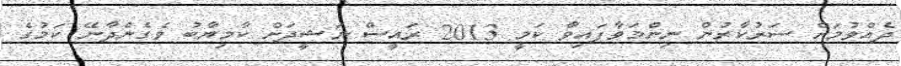
ދެއްވުމަށް ސަރުކާރުން ނިންމަވާފައިވާ ކަމީ 2013 ރައީސް ނަޝީދަށް ކާމިޔާބު ވެގެންދާނޭ ކަމުގެ